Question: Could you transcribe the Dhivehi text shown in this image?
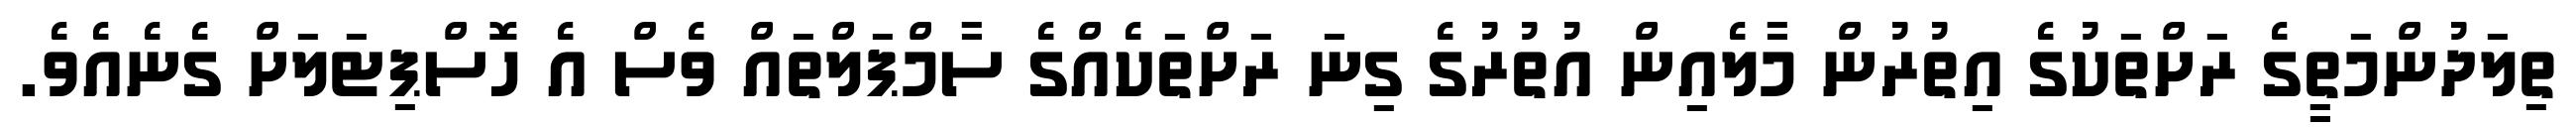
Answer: ތިލަދުންމަތީގެ ރަށްތަކުގެ އިތުރުން މާލެއިން އުތުރުގެ ގިނަ ރަށްތަކެއްގެ ސާމްޕަލްތައް ވެސް އެ ހޮސްޕިޓަލަށް ގެނެއެވެ.